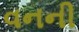
વનની